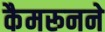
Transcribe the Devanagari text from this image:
कैमरूनने